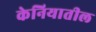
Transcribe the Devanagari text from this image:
केनियातील